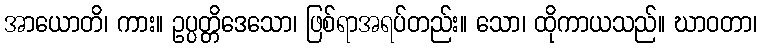
အာယောတိ၊ ကား။ ဥပ္ပတ္တိဒေသော၊ ဖြစ်ရာအရပ်တည်း။ သော၊ ထိုကာယသည်။ ဃာဝတာ၊